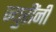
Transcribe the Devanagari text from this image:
ज्युरींनी